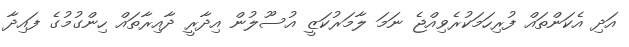
އަދި އެކަންތައް ފުރިހަމަކުރެވިއްޖެ ނަމަ ލާމަރުކަޒީ އުސޫލުން އިދާރީ ދާއިރާތައް ހިންގުމުގެ ފައިދާ